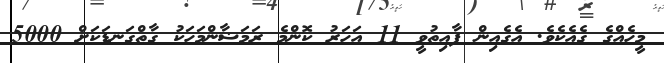
މީހެއްގެ ގެއެކެވެ. އެގެއިން ފާއިތުވީ 11 އަހަރު ކޮންމެ ރަމަޟާންމަހަކު ގާތްގަނޑަކަށް 5000